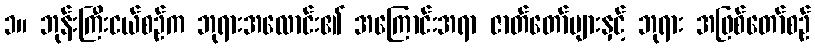
၁။ ဘုန်းကြီးငယ်စဉ်က ဘုရားအလောင်း၏ အကြောင်းအရာ ဇာတ်တော်များနှင့် ဘုရား အဖြစ်တော်စဉ်